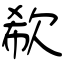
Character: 欷